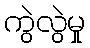
ကွဲလွဲမှု